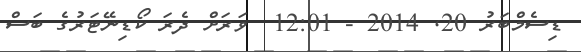
ޑިސެމްބަރު 20